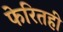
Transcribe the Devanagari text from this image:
फेरितही